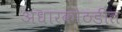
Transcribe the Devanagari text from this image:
अंधारकोठडीत